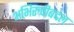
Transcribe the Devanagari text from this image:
अभिरुचीबद्दल